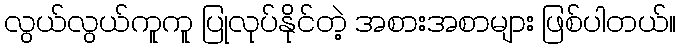
လွယ်လွယ်ကူကူ ပြုလုပ်နိုင်တဲ့ အစားအစာများ ဖြစ်ပါတယ်။